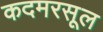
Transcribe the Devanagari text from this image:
कदमरसूल